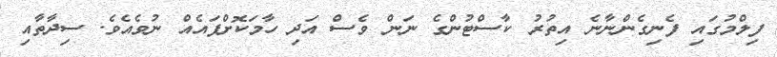
ފިލްމުގައި ފެނިގެންނާނެ އިތުރު ކާސްޓުންގެ ނަން ވެސް އަދި ހާމަކޮށްފައެއް ނުވެއެވެ. ސިދާތާއި